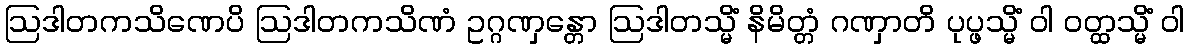
ဩဒါတကသိဏေပိ ဩဒါတကသိဏံ ဥဂ္ဂဏှန္တော ဩဒါတသ္မိံ နိမိတ္တံ ဂဏှာတိ ပုပ္ဖသ္မိံ ဝါ ဝတ္ထသ္မိံ ဝါ